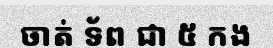
ចាត់ ទ័ព ជា ៥ កង